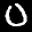
Label: 0